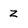
Character: Z